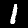
Digit: 1